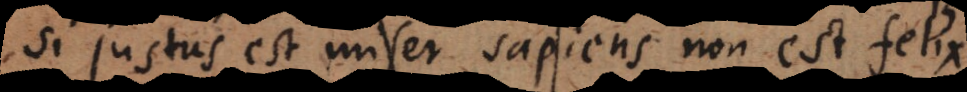
si justus est miser sapiens non est felix